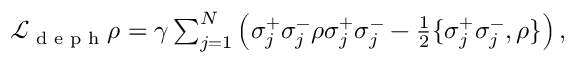
\begin{array} { r } { \mathcal { L } _ { \textrm { d e p h } } \rho = \gamma \sum _ { j = 1 } ^ { N } \left( \sigma _ { j } ^ { + } \sigma _ { j } ^ { - } \rho \sigma _ { j } ^ { + } \sigma _ { j } ^ { - } - \frac { 1 } { 2 } \{ \sigma _ { j } ^ { + } \sigma _ { j } ^ { - } , \rho \} \right) , } \end{array}